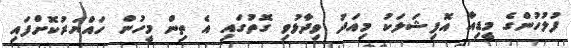
ފުލުހުންގެ މީޑިއާ އޮފިޝަލަކު މިއަދު ވިދާޅުވި ގޮތުގައި އެ ތިން މީހުން ހައްޔަރުކޮށްފައި